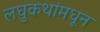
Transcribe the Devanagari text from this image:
लघुकथांमधून